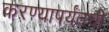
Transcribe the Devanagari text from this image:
करण्यापर्यंतची